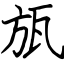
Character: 瓬